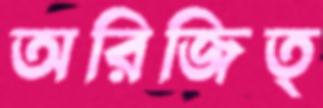
অরিজিত্